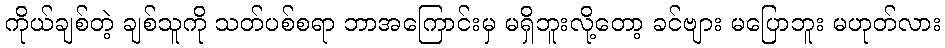
ကိုယ်ချစ်တဲ့ ချစ်သူကို သတ်ပစ်စရာ ဘာအကြောင်းမှ မရှိဘူးလို့တော့ ခင်ဗျား မပြောဘူး မဟုတ်လား